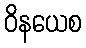
ဝိနယေစ